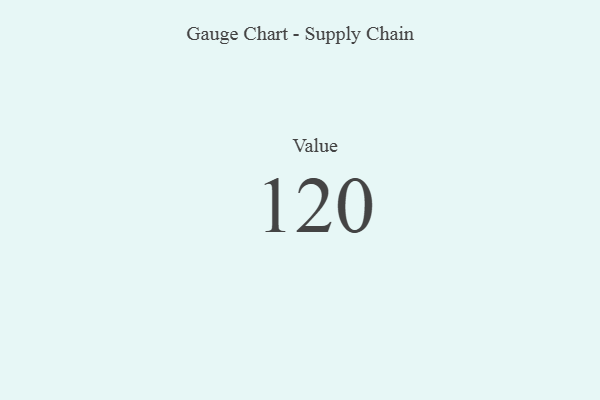
{"axis": {"x": "Metric", "y": "Value"}, "legend": [""], "data": [{"x": "Value", "y": 120, "type": ""}]}